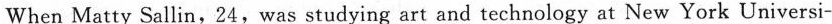
When Matty Sallin,24,was studying art and technology at New York Universi-